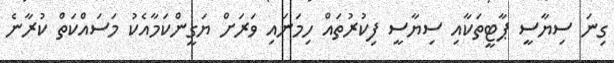
ގިނަ ސިޔާސީ ޕާޓީތަކާއި ސިޔާސީ ފިކުރުތައް ހިމަނައި ވަރަށް ޔަގީންކަމާއެކު މަސައްކަތް ކުރާނެ